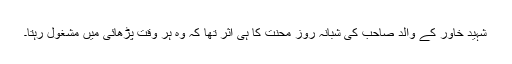
شہید خاور کے والد صاحب کی شبانہ روز محنت کا ہی اثر تھا کہ وہ ہر وقت پڑھائی میں مشغول رہتا۔